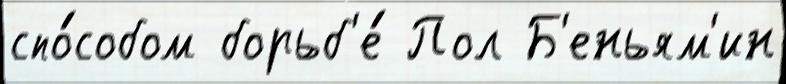
спо́собом борьб'е́ Пол Б'еньям'ин